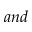
a n d